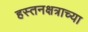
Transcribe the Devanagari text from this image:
हस्तनक्षत्राच्या